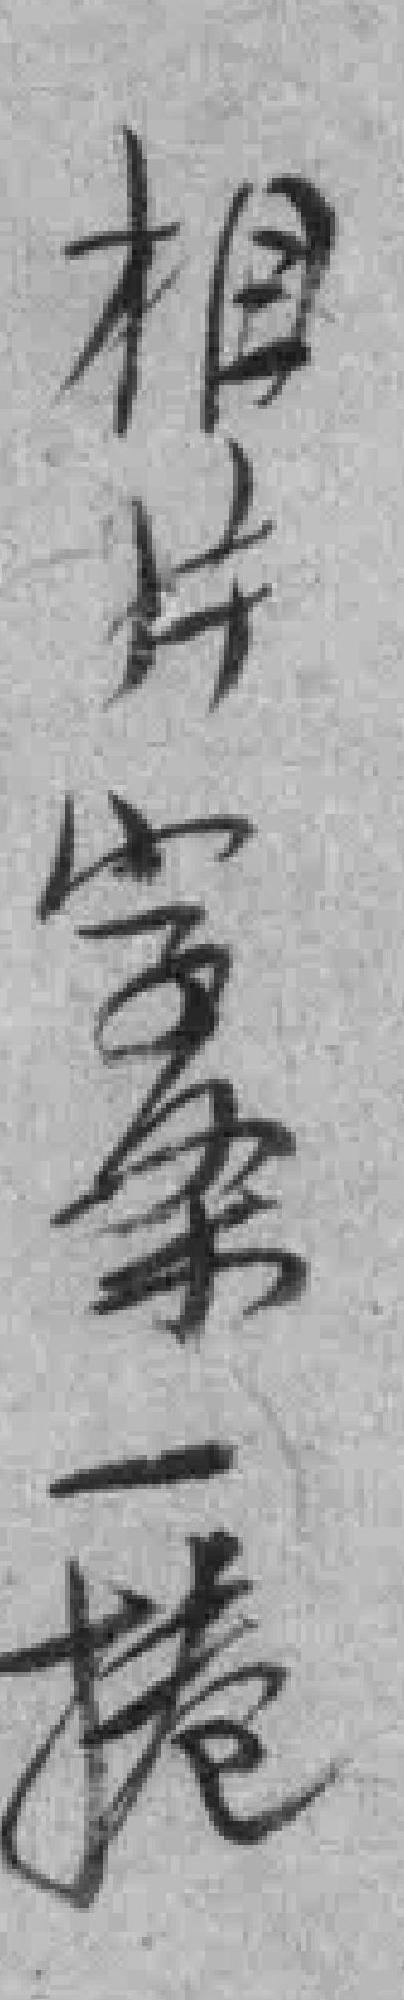
相片字条一捲